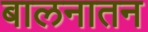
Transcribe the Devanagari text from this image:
बालनातन